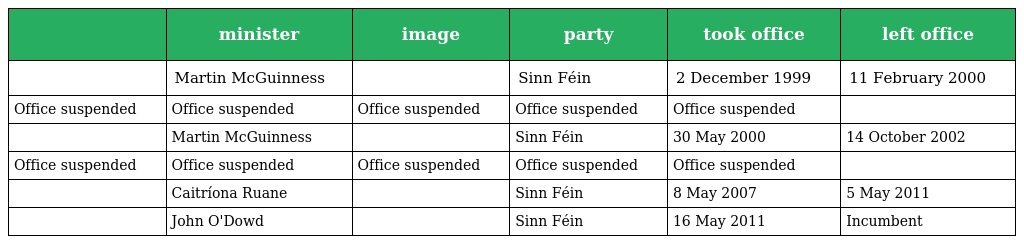
|  | minister | image | party | took office | left office |
 | --- | --- | --- | --- | --- | --- |
 |  | Martin McGuinness |  | Sinn Féin | 2 December 1999 | 11 February 2000 |
 | Office suspended | Office suspended | Office suspended | Office suspended | Office suspended |  |
 |  | Martin McGuinness |  | Sinn Féin | 30 May 2000 | 14 October 2002 |
 | Office suspended | Office suspended | Office suspended | Office suspended | Office suspended |  |
 |  | Caitríona Ruane |  | Sinn Féin | 8 May 2007 | 5 May 2011 |
 |  | John O'Dowd |  | Sinn Féin | 16 May 2011 | Incumbent |